NAE_EAA_T-354_Tartu_Tamme_Gumnaasium, lk 22
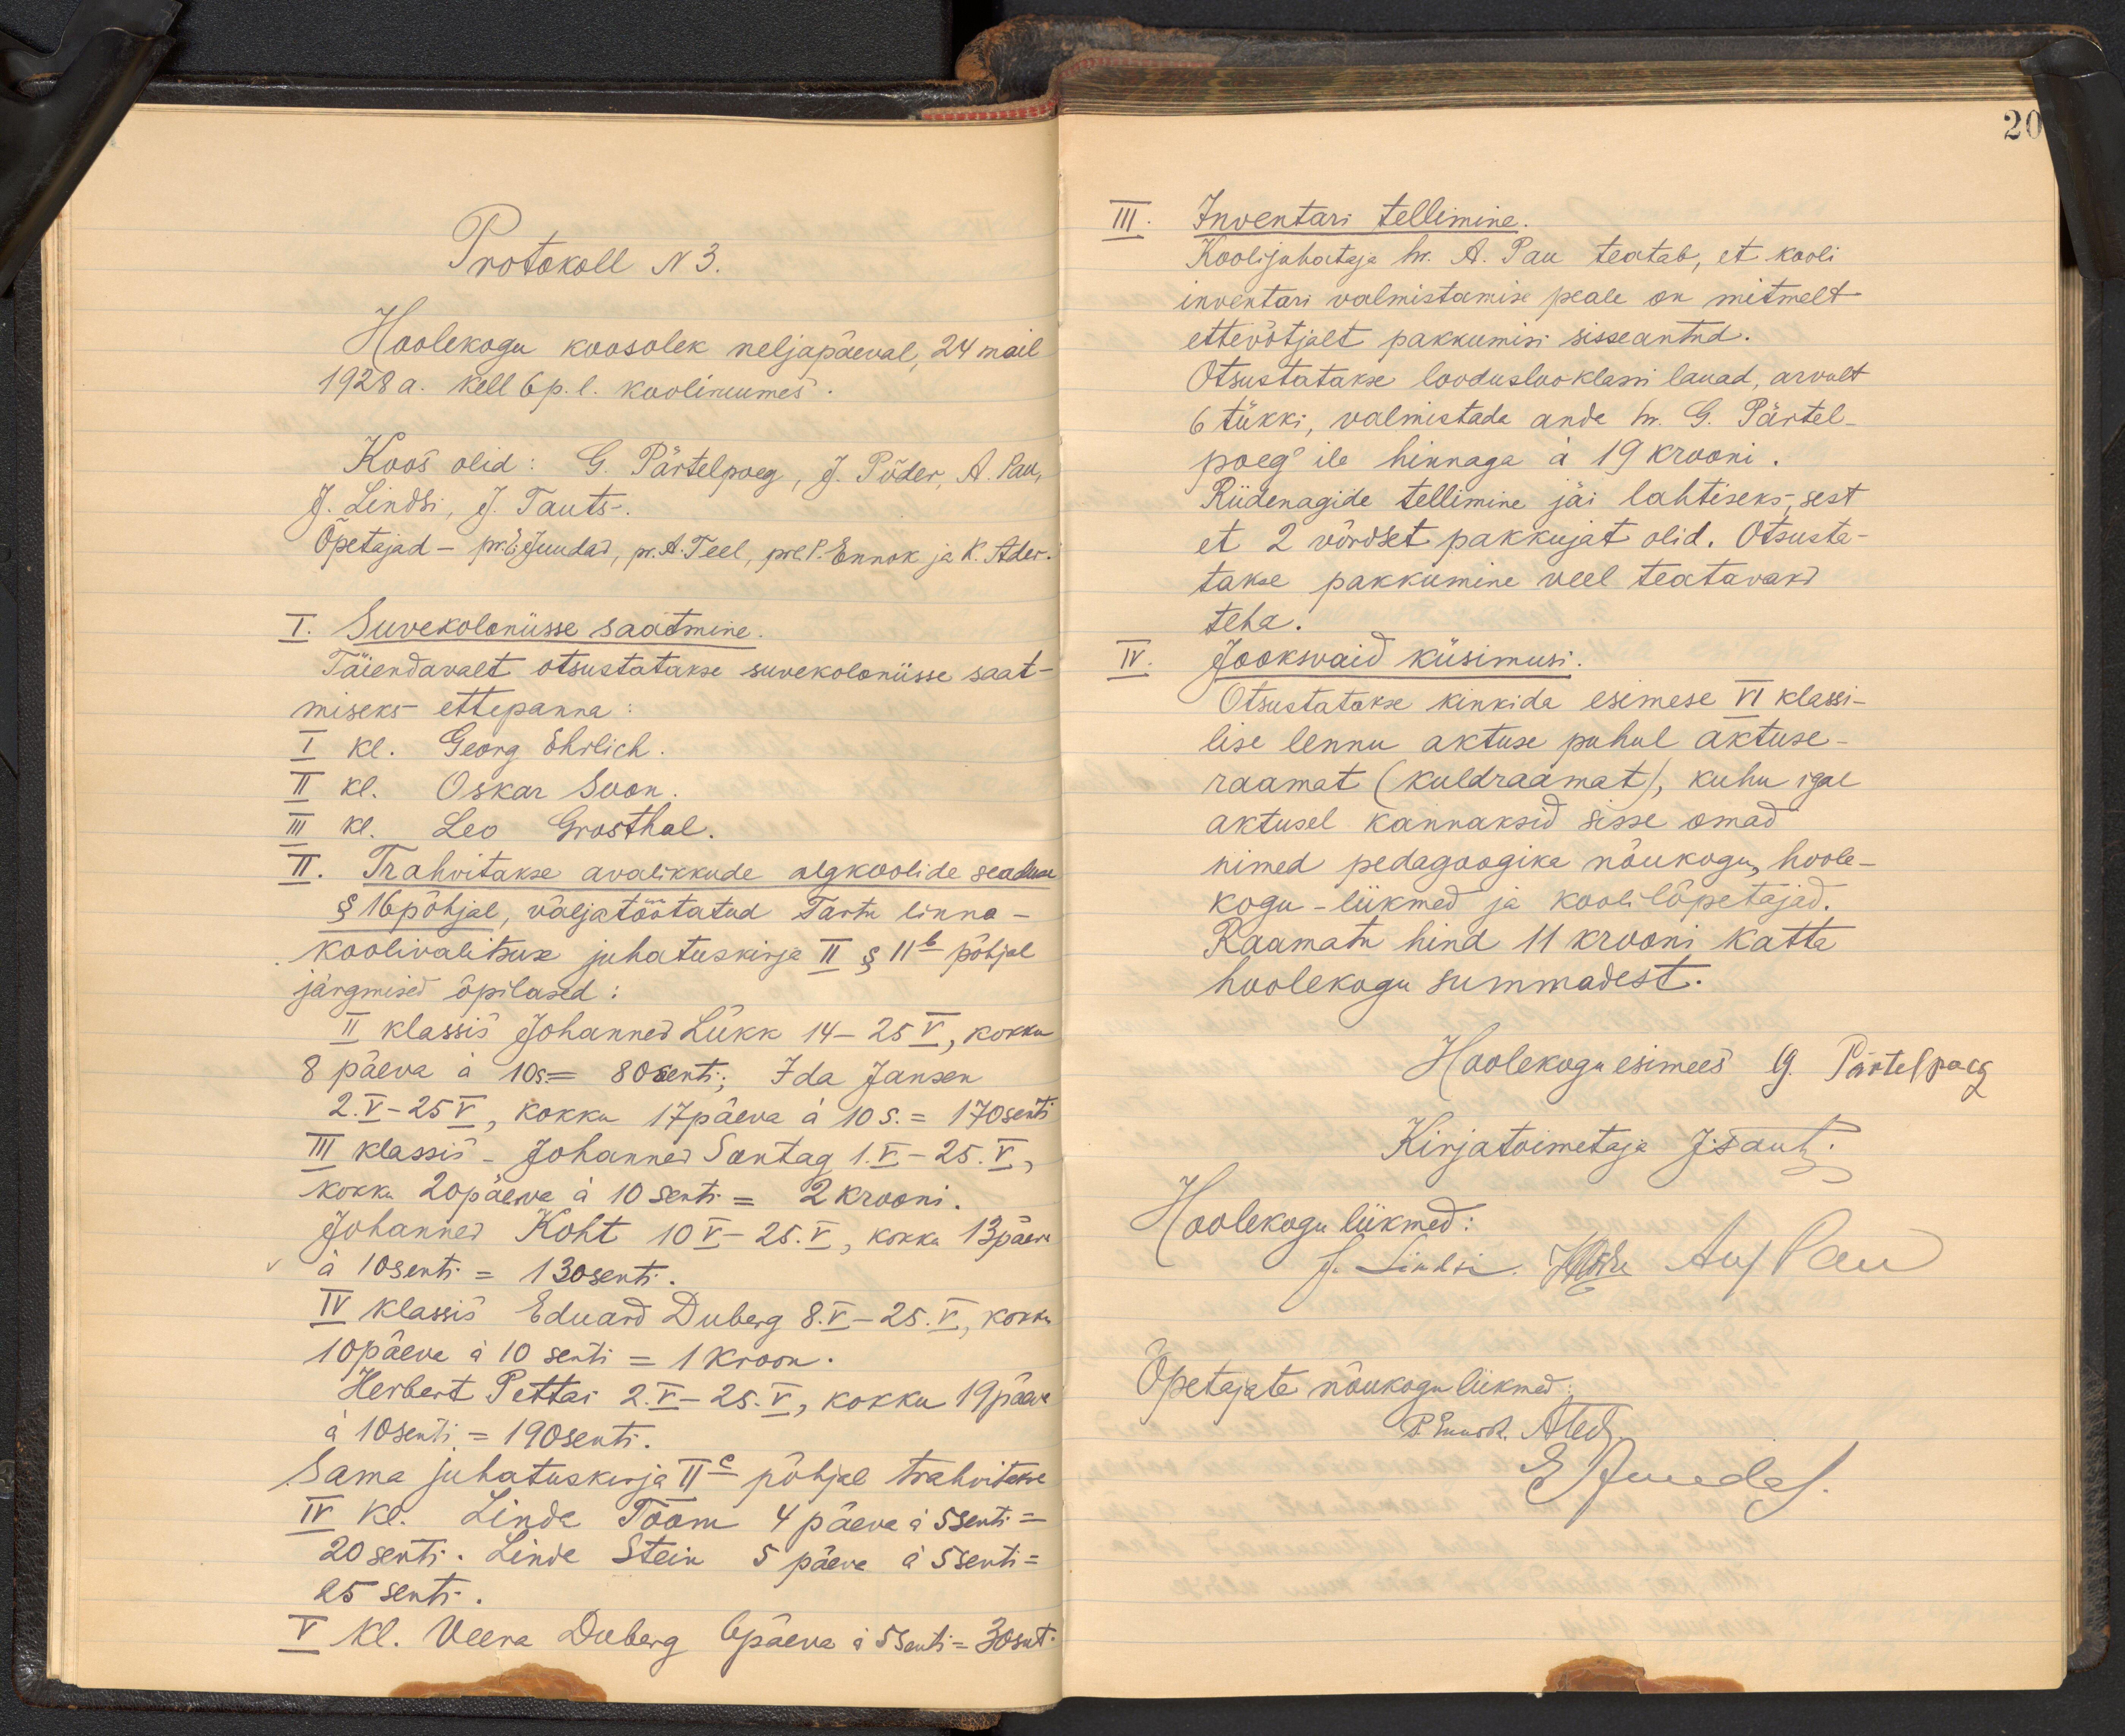
20

Protokoll N3.
Hoolekogu koosolek neljapäeval, 24 mail
1928 a. kell 6 p. l. kooliruumes
Koos olid: G. Pärtelpoeg, J. Põder, A. Pau,
J. Lindsi, J. Tauts -
Õpetajad - pr. E Juudas, pr. A. Teel, prl. P. Ennok ja K. Ader-
I. Suvekoloniisse saatmine.
Täiendavalt otsustatakse suvekoloniisse saat-
miseks ettepanna:
I kl. Georg Ehrlich.
II kl. Oskar Soon.
III kl. Leo Grosthal.
II. Trahvitakse avalikkude algkoolide seaduse
§16 põhjal, väljatöötatud Tartu linna-
koolivalitsuse juhatuskirja II § IIb põhjal
järgmised õpilased:
II klassis Johannes Lükk 14-25 V, kokku
8 päeva á 10s= 80 senti; Ida Jansen
2.V-25V kokku 17päeva à 10 s. = 170 senti
III klassis - Johannes Sontag 1.V -25.V.,
kokku 20 päewa a 10 senti= 2 krooni.
Johannes Koht 10 V-25.V, kokku 13 päeva.
à 10 senti = 130 senti.
IV klassis Eduard Duberg 8.V - 25.V, kokku
10 päeva à 10 senti = 1 Kroon.
Herbert Pettai 2.V-25.V, kokku 19 päeva
a 10 senti = 190 senti.
Sama juhatuskirja IIc põhjal trahvitakse
IV kr. Linda Toom 4 päeva á 5 senti-
20 senti. Linde Stein 5 päeva á 5 senti-
25 senti.
V Kl. Veera Duberg 6 päeva á 5 senti-30snt.

III. Inventari tellimine.
Koolijuhataja hr. A. Pau teatab, et kooli
inventari valmistamise peale on mitmelt
ettevõtjalt pakkumisi sisseantud.
Otsustatakse looduslooklassi lauad, arvalt
6 tükki, valmistada anda h. G. Pärtel-
poeg'ile hinnaga á 19 krooni.
Riidenagide tellimine jäi lahtiseks, sest
et 2 võrdset pakkujat olid. Otsusta-
takse pakkumine veel teatavaks.
teha.
IV. Jooksvaid küsimusi.
Otsustatakse kinkida esimese VI klassi-
lise lennu aktuse puhul aktuse-
raamat (kuldraamat), kuhu igal
aktusel kannaksid sisse omad
nimed pedagoogika nõukogu, hoole-
kogu-liikmed ja koolilõpetajad.
Raamatu hind 11 krooni katta
hoolekogu summadest.
Hoolekogu esimees G. Pärtelpoeg
Kirjatoimetaja J.Raut
Hoolekogu liikmed:
S. Lindsi. Korda AugPau
Õpetajate nõukogu liikmed:
P. Muurk. Ated
Elude